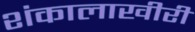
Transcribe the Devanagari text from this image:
शंकालाखीरी